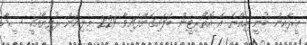
މީރާއިން ބުނީ އިއްޔެ އެ އޮތޯރިޓީން ބަލައިގެންފައިވާ 229 މިލިއަން ރުފިޔާއަކީ ސީދާ